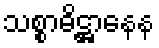
သစ္စာဓိဋ္ဌာနေန